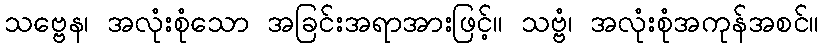
သဗ္ဗေန၊ အလုံးစုံသော အခြင်းအရာအားဖြင့်။ သဗ္ဗံ၊ အလုံးစုံအကုန်အစင်။